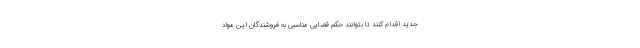
جدید اقدام کنند تا بتوانند حکم قضایی مناسبی به فروشندگان این مواد